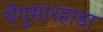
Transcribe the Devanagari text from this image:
थेंगुमारहाडा